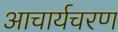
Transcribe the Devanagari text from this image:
आचार्यचरण